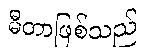
မီတာဖြစ်သည်